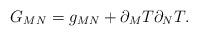
LaTeX: \begin{align*}G_{MN} = g_{MN} + \partial_M T \partial_N T.\end{align*}